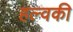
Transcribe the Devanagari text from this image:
हल्वकी